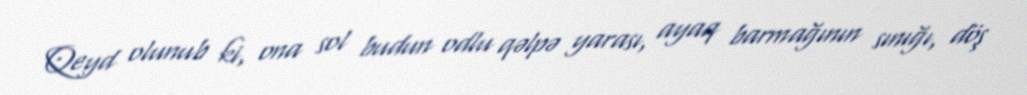
Qeyd olunub ki, ona sol budun odlu qəlpə yarası, ayaq barmağının sınığı, döş